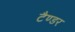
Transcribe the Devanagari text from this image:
टैण्डर